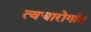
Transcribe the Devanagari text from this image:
त्वचारोगांत